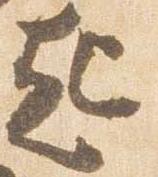
起